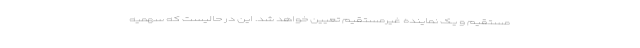
مستقیم و یک نماینده غیرمستقیم تعیین خواهد شد. این در حالیست که سهمیه